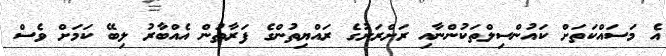
އެ މަސައްކަތަށް ކައުންސިލްތަކުންނާއި ރަށްރަށުގެ ރައްޔިތުންގެ ފަރާތުން އެއްބާރު ލިބޭ ކަމަށް ވެސް